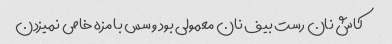
کاش نان رست بیف نان معمولی بود و سس با مزه خاص نمیزدن